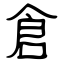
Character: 倉